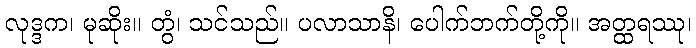
လုဒ္ဒက၊ မုဆိုး။ တွံ၊ သင်သည်။ ပလာသာနိ၊ ပေါက်ဘက်တို့ကို။ အတ္ထရဿု၊